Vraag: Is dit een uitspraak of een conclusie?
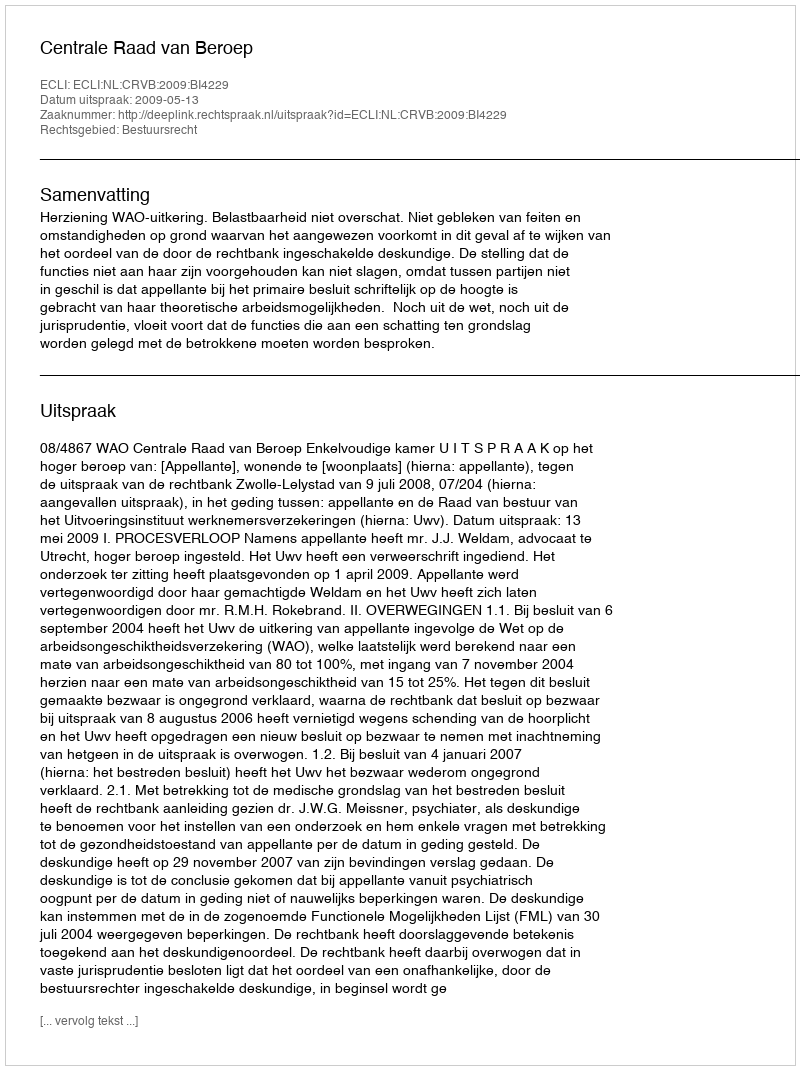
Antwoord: Uitspraak